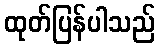
ထုတ်ပြန်ပါသည်